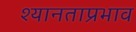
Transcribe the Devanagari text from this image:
श्यानताप्रभाव